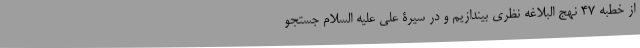
از خطبه ۴۷ نهج البلاغه نظری بیندازیم و در سیرۀ علی علیه السلام جستجو